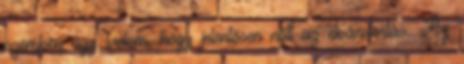
szemben úgy tudom, hogy jelentősen nőtt az elvándorlás. Az